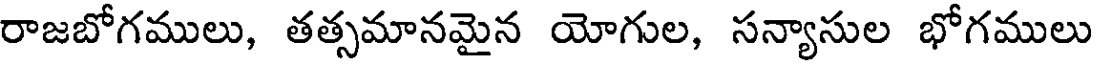
రాజబోగములు, తత్సమానమైన యోగుల, సన్యాసుల భోగములు